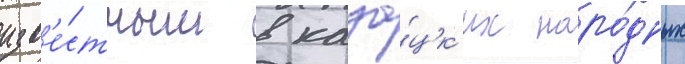
изв'е́стным в каза́цк'их наро́дных